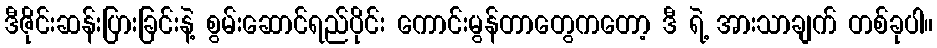
ဒီဇိုင်းဆန်းပြားခြင်းနဲ့ စွမ်းဆောင်ရည်ပိုင်း ကောင်းမွန်တာတွေကတော့ ဒီ ရဲ့ အားသာချက် တစ်ခုပါ။